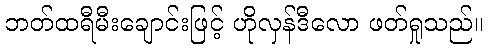
ဘတ်ထရီမီးချောင်းဖြင့် ဟိုလှန်ဒီလော ဖတ်ရှုသည်။